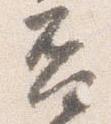
否